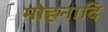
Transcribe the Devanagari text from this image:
मोहनादि